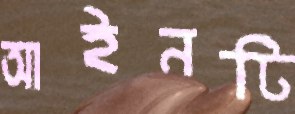
আইনটি